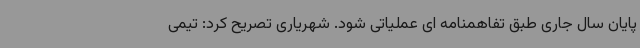
پایان سال جاری طبق تفاهمنامه ای عملیاتی شود. شهریاری تصریح کرد: تیمی